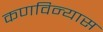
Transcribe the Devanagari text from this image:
कणविन्यास